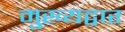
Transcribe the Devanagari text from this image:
मुख्‍यद्वार